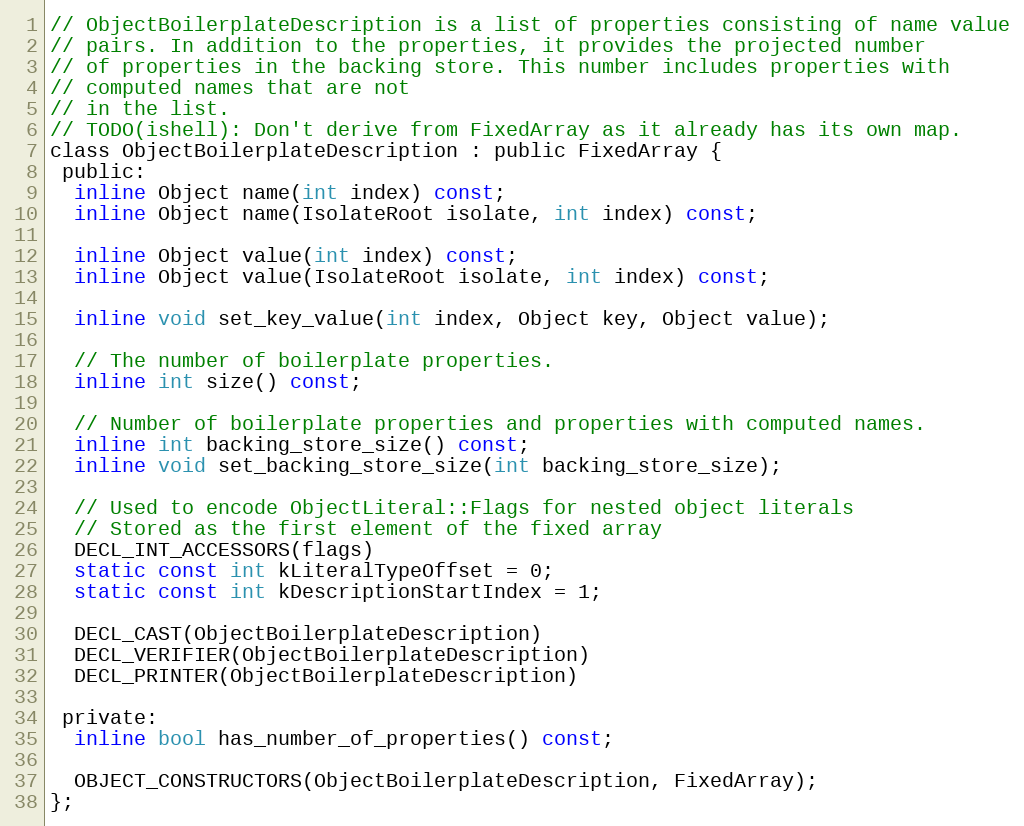
Language: C
// ObjectBoilerplateDescription is a list of properties consisting of name value
// pairs. In addition to the properties, it provides the projected number
// of properties in the backing store. This number includes properties with
// computed names that are not
// in the list.
// TODO(ishell): Don't derive from FixedArray as it already has its own map.
class ObjectBoilerplateDescription : public FixedArray {
 public:
  inline Object name(int index) const;
  inline Object name(IsolateRoot isolate, int index) const;

  inline Object value(int index) const;
  inline Object value(IsolateRoot isolate, int index) const;

  inline void set_key_value(int index, Object key, Object value);

  // The number of boilerplate properties.
  inline int size() const;

  // Number of boilerplate properties and properties with computed names.
  inline int backing_store_size() const;
  inline void set_backing_store_size(int backing_store_size);

  // Used to encode ObjectLiteral::Flags for nested object literals
  // Stored as the first element of the fixed array
  DECL_INT_ACCESSORS(flags)
  static const int kLiteralTypeOffset = 0;
  static const int kDescriptionStartIndex = 1;

  DECL_CAST(ObjectBoilerplateDescription)
  DECL_VERIFIER(ObjectBoilerplateDescription)
  DECL_PRINTER(ObjectBoilerplateDescription)

 private:
  inline bool has_number_of_properties() const;

  OBJECT_CONSTRUCTORS(ObjectBoilerplateDescription, FixedArray);
};